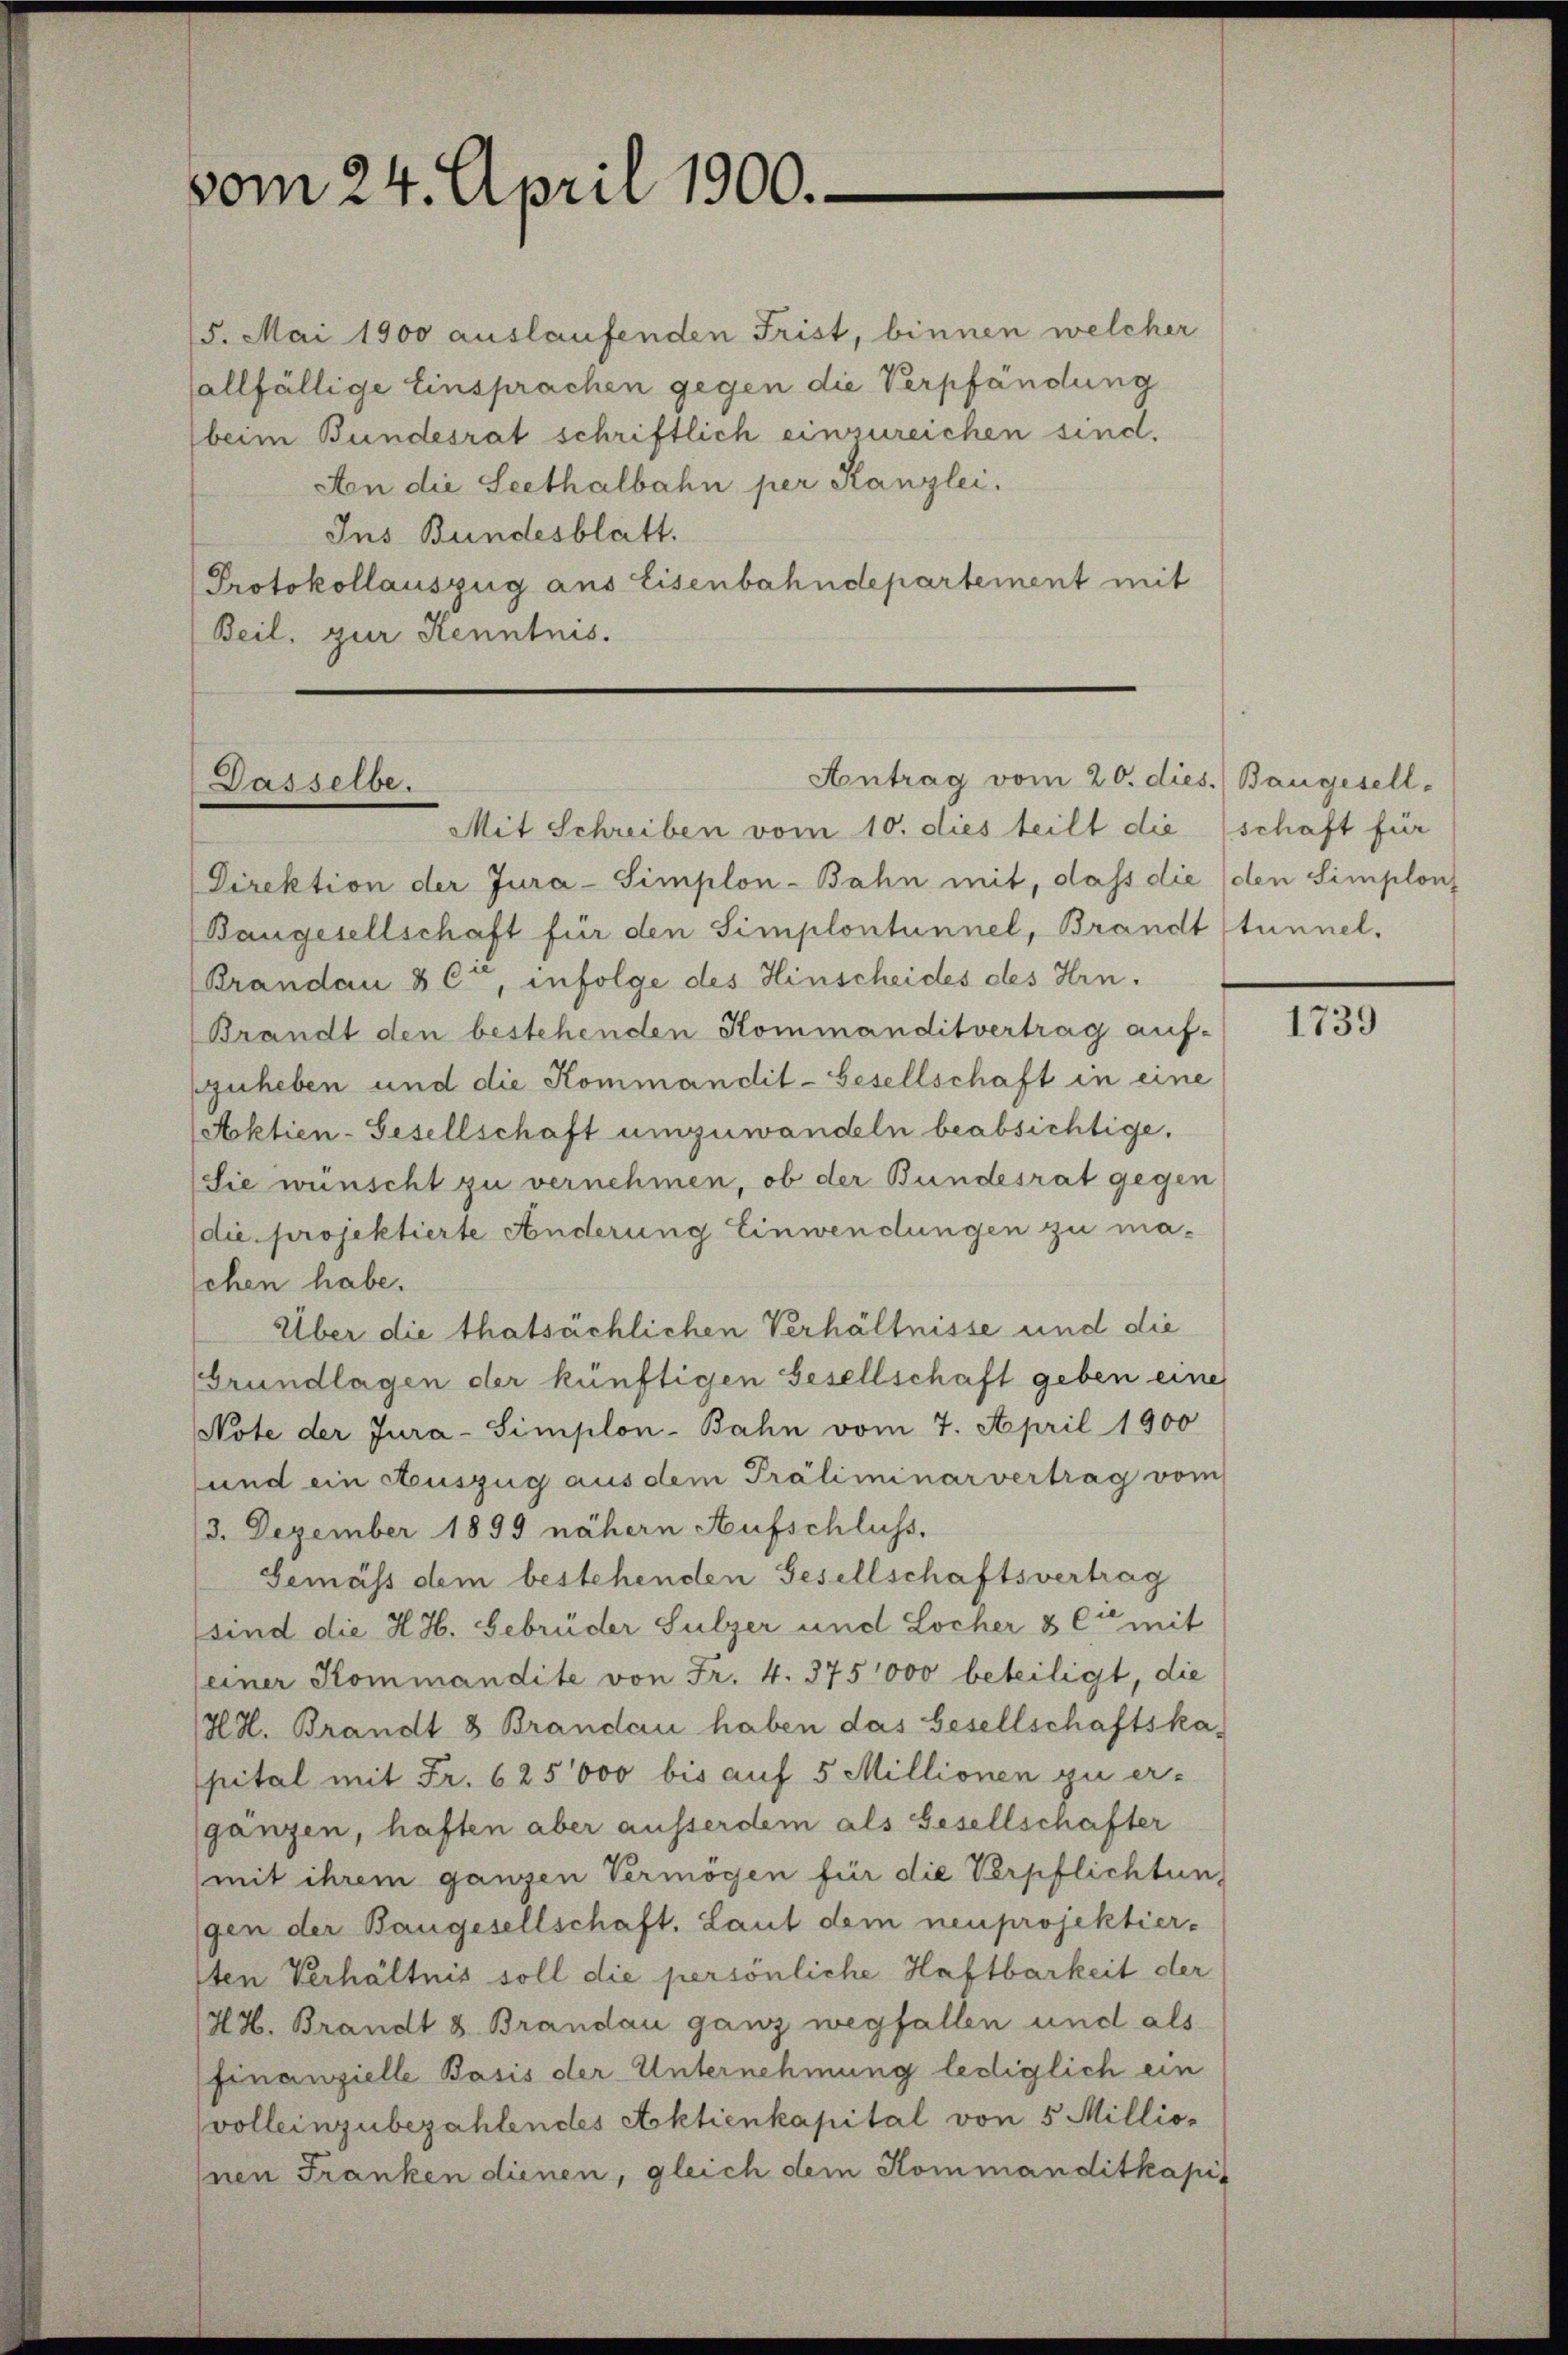
vom 24. April 1900.

15. Mai 1900 auslaufenden Frist, binnen welcher
sallfällige Einsprachen gegen die Verpfändung
beim Bundesrat schriftlich einzureichen sind.
Aon die Seethalbahn per Kanzlei.
Ins Bundesblatt.
Protokollauszug aus Eisenbahndepartement mit
Beil, zur Kenntnis.

Antrag vom 20. dies. Baugesell-
Dasselbe.

Mit Schreiben vom 10. dies teilt die schaft für
Direktion der Jura-Simplon-Bahn mit, dass die (den Simplon
Baugesellschaft für den Simplontunnel, Brandt stunnel,
Brandau & Cie, infolge des Hinscheides des Hrn.
Brandt den bestehenden Kommanditvertrag auf-
zuheben und die Kommandil-Gesellschaft in eine
Aktien-Gesellschaft umzuwandeln beabsichtige.
Sie wünscht zu vernehmen, ob der Bundesrat gegen
die projektierte Änderung Einwendungen zu masehen habe.
Über die thatsächlichen Verhältnisse und die
Grundlagen der künftigen Gesellschaft geben eine
Note der Jura-Simplon-Bahn vom 7. April 1900
sund ein Auszug aus dem Präliminarvertrag vom
13. Dezember 1899 nähern Aufschluss,
Gemäss dem bestehenden Gesellschaftsvertrag
(sind die H.H. Gebrüder Sulzer und Locher & Cie mit
seiner Kommandite von Fr. 4. 375,000 beteiligt, die
HH. Brandt 8 Brandau haben das Gesellschaftska
pital mit Fr. 625000 bis auf 5 Millionen zu er-
gänzen, haften aber ausserdem als Gesellschafter
mit ihrem ganzen Vermögen für die Verpflichtung
gen der Baugesellschaft, Laut dem neuprojektier-
sten Verhältnis soll die persönliche Haftbarkeit der
/HH. Brandt 8. Brandau ganz wegfallen und als
finanzielle Basis der Unternehmung lediglich ein
volleinzubezahlendes Aktienkapital von 5 Milliojnen Franken dienen, gleich dem Kommanditkapit

1739